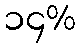
၁၄%